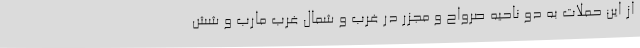
از این حملات به دو ناحیه صرواح و مجزر در غرب و شمال غرب مارب و شش